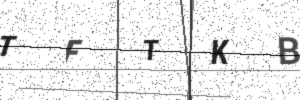
Text: TFTKB